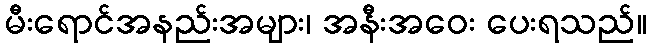
မီးရောင်အနည်းအများ၊ အနီးအဝေး ပေးရသည်။